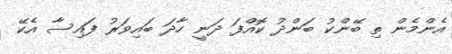
އެންމެން ތި ބޭންކު ބަންދު ކޮއްފަ ދަނީ ހާދަ ބައިވަރު ފައިސާ އެކޭ